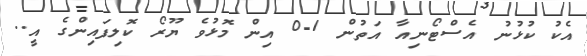
އެކު ކުޅުނު އެސްޓޯނިއާ އަތުން 1-0 އިން މޮޅުވެ ޔޫރޯ ކޮލިފައިންގެ އީ..